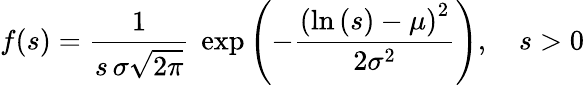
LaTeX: f(s)={\frac{1}{s\, \sigma{\sqrt{2\pi}}}}\ \exp\left(-{\frac{\left(\ln\left(s\right)-\mu\right)^{2}}{2\sigma^{2}}}\right),\quad s>0